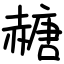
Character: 赯